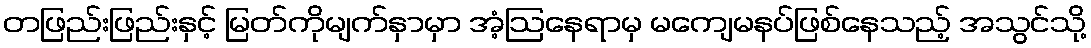
တဖြည်းဖြည်းနှင့် မြတ်ကိုမျက်နှာမှာ အံ့ဩနေရာမှ မကျေမနပ်ဖြစ်နေသည့် အသွင်သို့